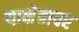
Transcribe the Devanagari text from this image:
याक्षेत्रावर